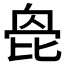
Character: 𣬌